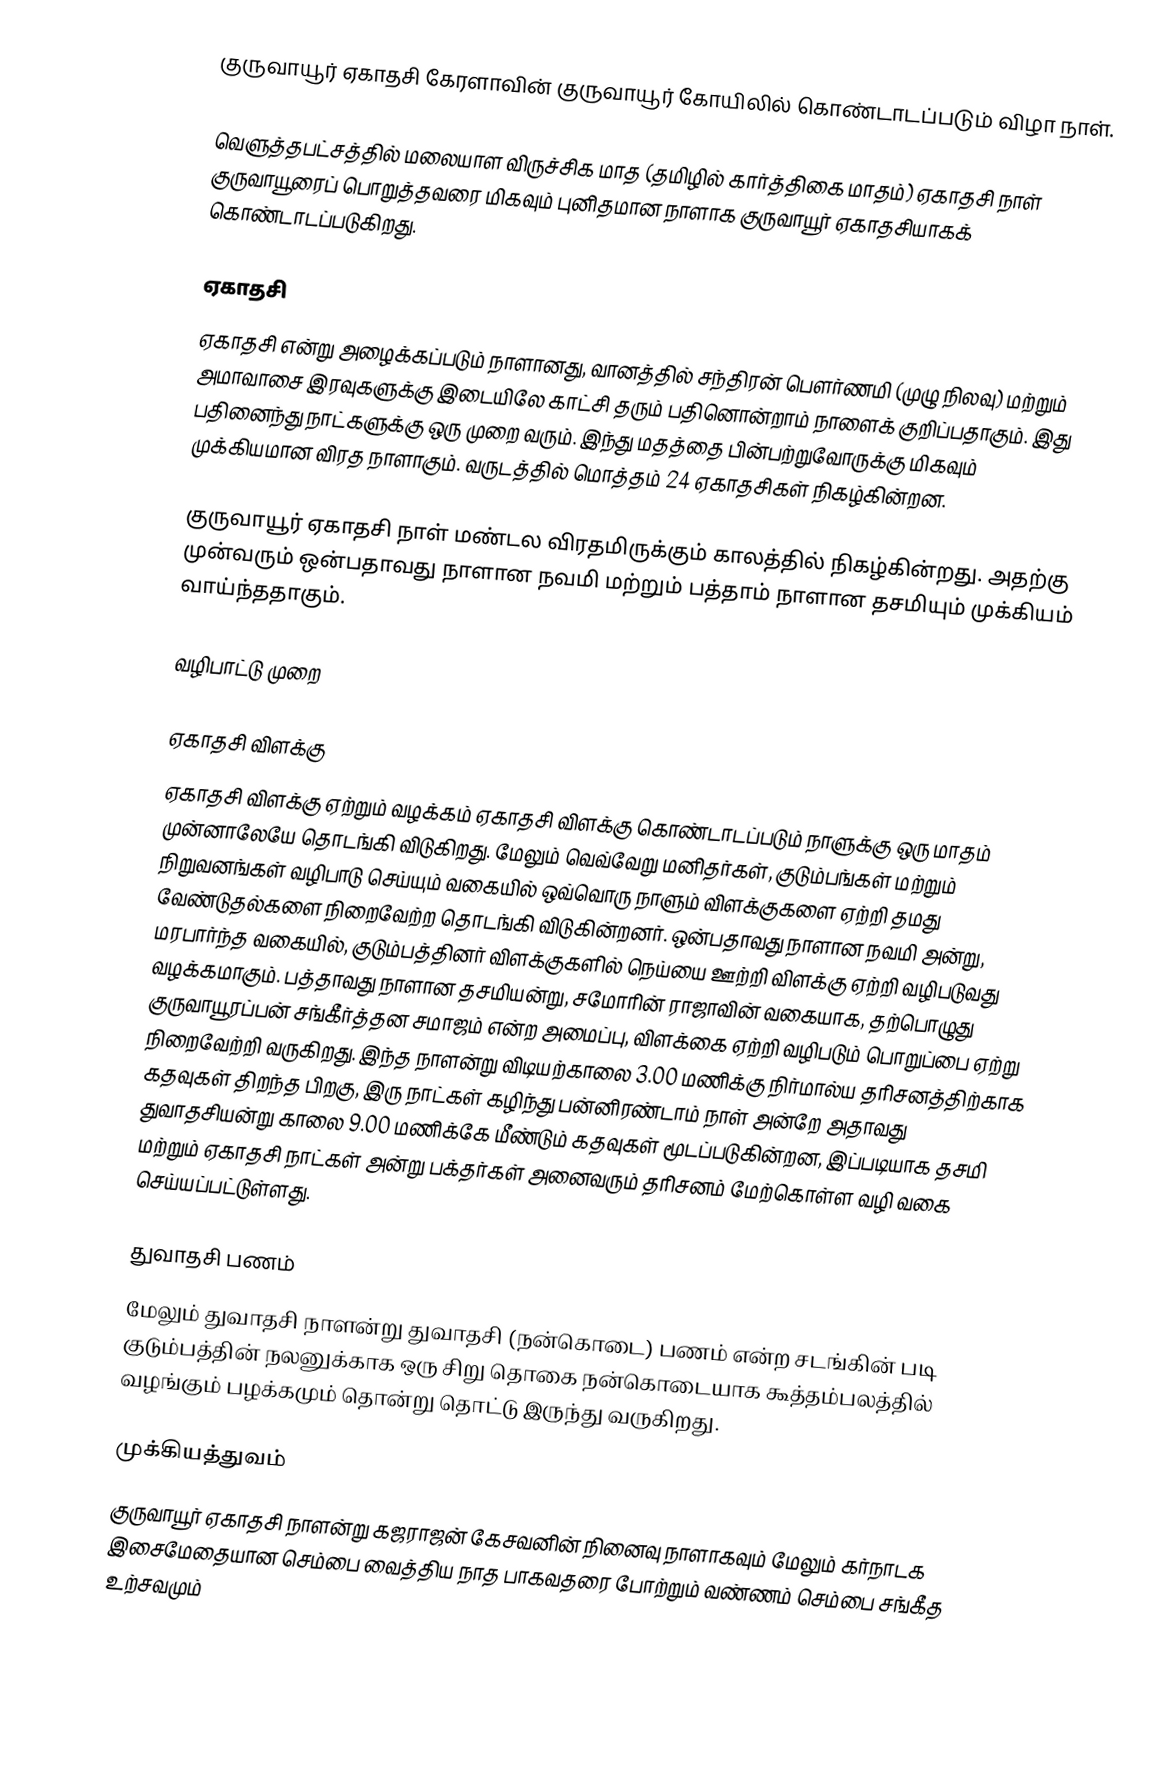
குருவாயூர் ஏகாதசி கேரளாவின் குருவாயூர் கோயிலில் கொண்டாடப்படும் விழா நாள்.

வெளுத்தபட்சத்தில் மலையாள விருச்சிக மாத (தமிழில் கார்த்திகை மாதம்) ஏகாதசி நாள் குருவாயூரைப் பொறுத்தவரை மிகவும் புனிதமான நாளாக குருவாயூர் ஏகாதசியாகக் கொண்டாடப்படுகிறது.

ஏகாதசி
ஏகாதசி என்று அழைக்கப்படும் நாளானது, வானத்தில் சந்திரன் பௌர்ணமி (முழு நிலவு) மற்றும் அமாவாசை இரவுகளுக்கு இடையிலே காட்சி தரும் பதினொன்றாம் நாளைக் குறிப்பதாகும். இது பதினைந்து நாட்களுக்கு ஒரு முறை வரும். இந்து மதத்தை பின்பற்றுவோருக்கு மிகவும் முக்கியமான விரத நாளாகும். வருடத்தில் மொத்தம் 24 ஏகாதசிகள் நிகழ்கின்றன.

குருவாயூர் ஏகாதசி நாள் மண்டல விரதமிருக்கும் காலத்தில் நிகழ்கின்றது. அதற்கு முன்வரும் ஒன்பதாவது நாளான நவமி மற்றும் பத்தாம் நாளான தசமியும் முக்கியம் வாய்ந்ததாகும்.

வழிபாட்டு முறை

ஏகாதசி விளக்கு
ஏகாதசி விளக்கு ஏற்றும் வழக்கம் ஏகாதசி விளக்கு கொண்டாடப்படும் நாளுக்கு ஒரு மாதம் முன்னாலேயே தொடங்கி விடுகிறது. மேலும் வெவ்வேறு மனிதர்கள், குடும்பங்கள் மற்றும் நிறுவனங்கள் வழிபாடு செய்யும் வகையில் ஒவ்வொரு நாளும் விளக்குகளை ஏற்றி தமது வேண்டுதல்களை நிறைவேற்ற தொடங்கி விடுகின்றனர். ஒன்பதாவது நாளான நவமி அன்று, மரபார்ந்த வகையில், குடும்பத்தினர் விளக்குகளில் நெய்யை ஊற்றி விளக்கு ஏற்றி வழிபடுவது வழக்கமாகும். பத்தாவது நாளான தசமியன்று, சமோரின் ராஜாவின் வகையாக, தற்பொழுது குருவாயூரப்பன் சங்கீர்த்தன சமாஜம் என்ற அமைப்பு, விளக்கை ஏற்றி வழிபடும் பொறுப்பை ஏற்று நிறைவேற்றி வருகிறது. இந்த நாளன்று விடியற்காலை 3.00 மணிக்கு நிர்மால்ய தரிசனத்திற்காக கதவுகள் திறந்த பிறகு, இரு நாட்கள் கழிந்து பன்னிரண்டாம் நாள் அன்றே அதாவது துவாதசியன்று காலை 9.00 மணிக்கே மீண்டும் கதவுகள் மூடப்படுகின்றன, இப்படியாக தசமி மற்றும் ஏகாதசி நாட்கள் அன்று பக்தர்கள் அனைவரும் தரிசனம் மேற்கொள்ள வழி வகை செய்யப்பட்டுள்ளது.

துவாதசி பணம்
மேலும் துவாதசி நாளன்று துவாதசி (நன்கொடை) பணம் என்ற சடங்கின் படி குடும்பத்தின் நலனுக்காக ஒரு சிறு தொகை நன்கொடையாக கூத்தம்பலத்தில் வழங்கும் பழக்கமும் தொன்று தொட்டு இருந்து வருகிறது.

முக்கியத்துவம்
குருவாயூர் ஏகாதசி நாளன்று கஜராஜன் கேசவனின் நினைவு நாளாகவும் மேலும் கர்நாடக இசைமேதையான செம்பை வைத்திய நாத பாகவதரை போற்றும் வண்ணம் செம்பை சங்கீத உற்சவமும்